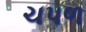
ચપળ